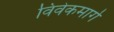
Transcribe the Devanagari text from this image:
विवेकमार्ग